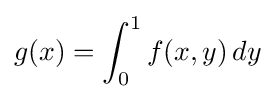
g(x)=\int _{0}^{1}f(x,y)\,dy